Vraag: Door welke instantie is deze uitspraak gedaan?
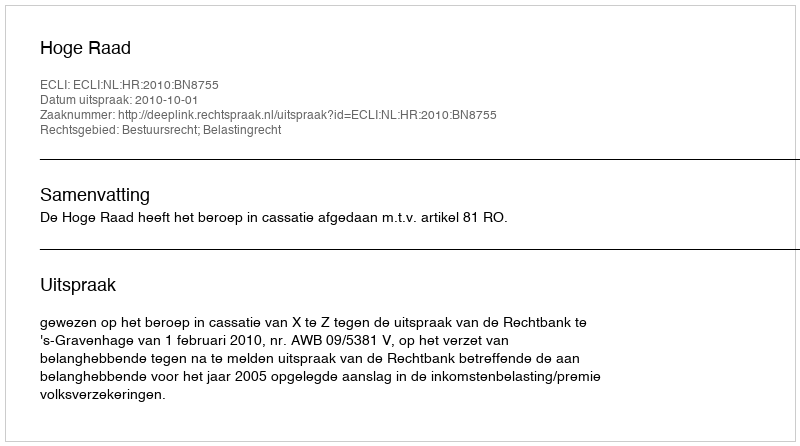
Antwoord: Hoge Raad